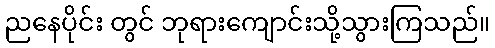
ညနေပိုင်း တွင် ဘုရားကျောင်းသို့သွားကြသည်။